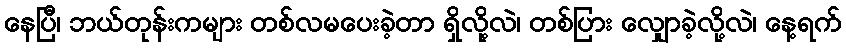
နေပြီ၊ ဘယ်တုန်းကများ တစ်လမပေးခဲ့တာ ရှိလို့လဲ၊ တစ်ပြား လျှောခဲ့လို့လဲ၊ နေ့ရက်